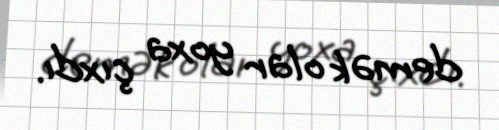
demək olar yoxa çıxdı.